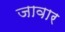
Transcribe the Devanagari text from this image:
जावार